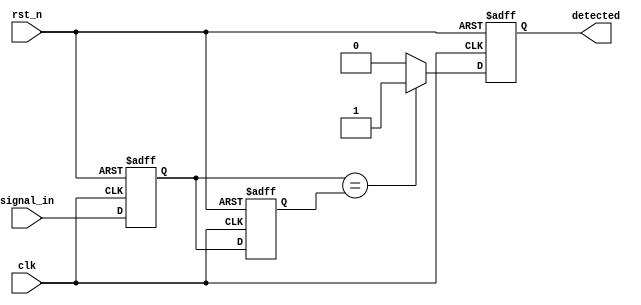
module DualFFDetector #(
    parameter WIDTH = 1 // Parameter for input signal width
)(
    input wire clk,                   // Clock signal
    input wire rst_n,                 // Active-low reset
    input wire [WIDTH-1:0] signal_in, // Input signal to be monitored
    output reg detected               // Output signal indicating detection
);

// Internal signals
reg [WIDTH-1:0] ff1;                // First flip-flop
reg [WIDTH-1:0] ff2;                // Second flip-flop

// State retention memory block (registers)
reg [WIDTH-1:0] state_memory;

// Sequential logic for dual flip-flops
always @(posedge clk or negedge rst_n) begin
    if (!rst_n) begin
        ff1 <= 0;
        ff2 <= 0;
        state_memory <= 0;
        detected <= 0;
    end else begin
        ff1 <= signal_in;           // Capture input signal in ff1
        ff2 <= ff1;                 // Capture ff1 output in ff2
        state_memory <= ff2;        // Update state memory with ff2 output
        
        // Example pattern detection: Check if both flip-flops are equal
        if (ff1 == ff2) begin
            detected <= 1'b1;       // Condition detected (e.g., both signals are equal)
        end else begin
            detected <= 1'b0;       // Condition not detected
        end
    end
end

endmodule